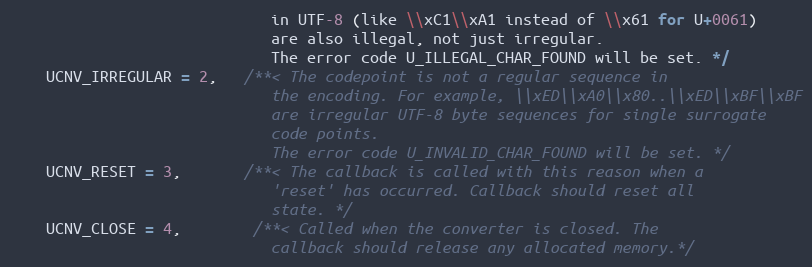
Language: C
                             in UTF-8 (like \\xC1\\xA1 instead of \\x61 for U+0061)
                             are also illegal, not just irregular.
                             The error code U_ILLEGAL_CHAR_FOUND will be set. */
    UCNV_IRREGULAR = 2,   /**< The codepoint is not a regular sequence in
                             the encoding. For example, \\xED\\xA0\\x80..\\xED\\xBF\\xBF
                             are irregular UTF-8 byte sequences for single surrogate
                             code points.
                             The error code U_INVALID_CHAR_FOUND will be set. */
    UCNV_RESET = 3,       /**< The callback is called with this reason when a
                             'reset' has occurred. Callback should reset all
                             state. */
    UCNV_CLOSE = 4,        /**< Called when the converter is closed. The
                             callback should release any allocated memory.*/